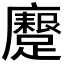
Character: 𮜟